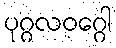
ပုဂ္ဂလဝဂ္ဂေါ